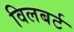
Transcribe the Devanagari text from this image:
विलबर्ट